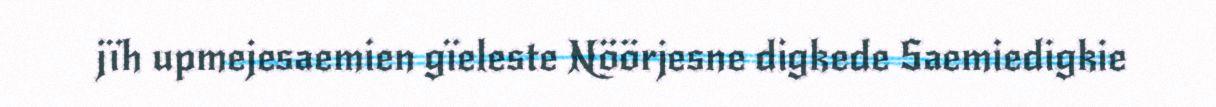
jïh upmejesaemien gïeleste Nöörjesne digkede Saemiedigkie